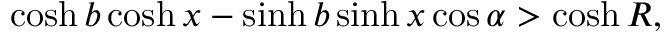
\cosh b \cosh x - \sinh b \sinh x \cos \alpha > \cosh R ,